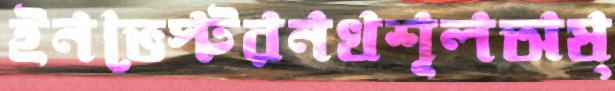
ইনভেস্টরনখশূলঅষ্